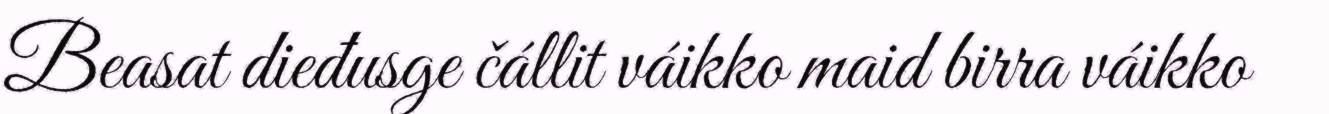
Beasat dieđusge čállit váikko maid birra váikko